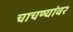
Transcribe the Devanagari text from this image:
चाचण्यांवर